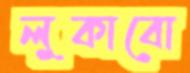
লুকাবো